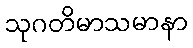
သုဂတိမာသမာနာ